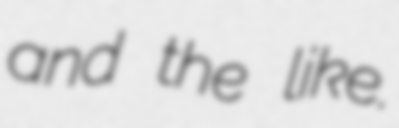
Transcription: and the like.